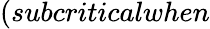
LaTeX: (subcriticalwhen